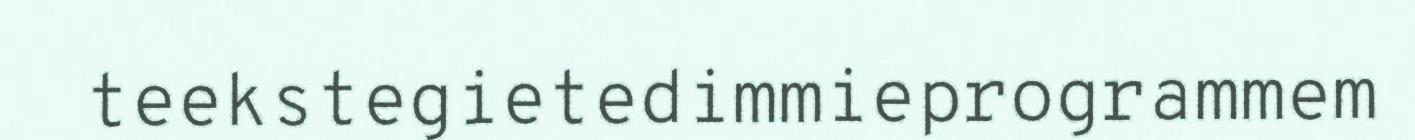
teekstegietedimmieprogrammem